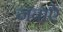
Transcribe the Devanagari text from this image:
नवाऐ